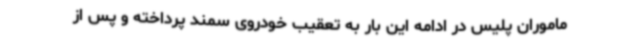
ماموران پلیس در ادامه این بار به تعقیب خودروی سمند پرداخته و پس از